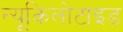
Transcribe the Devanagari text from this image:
न्यूकिलोटाइड